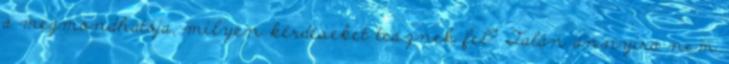
a megmondhatója, milyen kérdéseket tesznek fel? Talán annyira nem